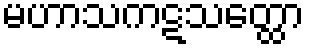
မဟာသကဋသတ္ထော